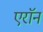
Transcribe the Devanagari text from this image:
एराॅन